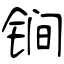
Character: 锏